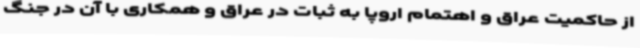
از حاکمیت عراق و اهتمام اروپا به ثبات در عراق و همکاری با آن در جنگ